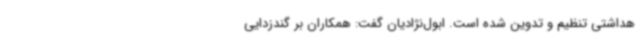
هداشتی تنظیم و تدوین شده است. ابول‌نژادیان گفت: همکاران بر گندزدایی